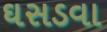
ઘસડવા